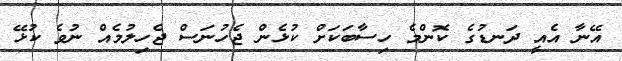
އޭނާ އެއީ ދަނޑުގެ ކޮންމެ ހިސާބަކަށް ކުޅެން ޖެހުނަސް ޖެހިލުމެއް ނުވެ ކުޅޭ